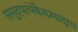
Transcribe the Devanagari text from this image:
समुदयत्येकैकमादाय